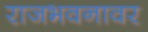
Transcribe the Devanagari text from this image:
राजभवनावर